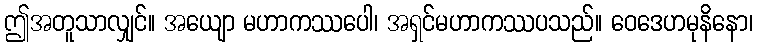
ဤအတူသာလျှင်။ အယျော မဟာကဿပေါ၊ အရှင်မဟာကဿပသည်။ ဝေဒေဟမုနိနော၊